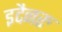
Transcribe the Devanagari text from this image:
इदैनरु